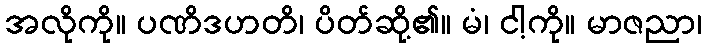
အလိုကို။ ပဏိဒဟတိ၊ ပိတ်ဆို့၏။ မံ၊ ငါ့ကို။ မာဇညာ၊